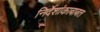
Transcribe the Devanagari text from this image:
निर्देशांकाबाबत